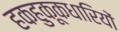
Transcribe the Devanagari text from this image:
हकहुकूकधारियों